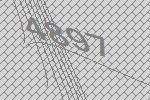
4897